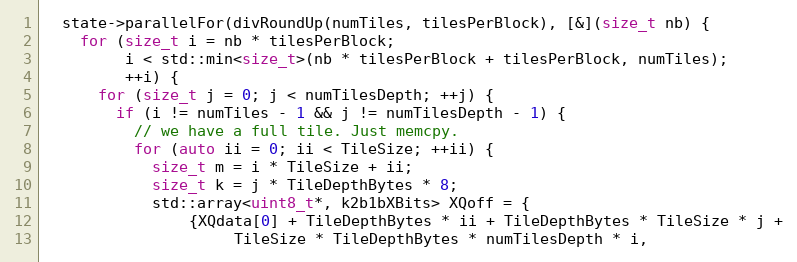
Language: C++
  state->parallelFor(divRoundUp(numTiles, tilesPerBlock), [&](size_t nb) {
    for (size_t i = nb * tilesPerBlock;
         i < std::min<size_t>(nb * tilesPerBlock + tilesPerBlock, numTiles);
         ++i) {
      for (size_t j = 0; j < numTilesDepth; ++j) {
        if (i != numTiles - 1 && j != numTilesDepth - 1) {
          // we have a full tile. Just memcpy.
          for (auto ii = 0; ii < TileSize; ++ii) {
            size_t m = i * TileSize + ii;
            size_t k = j * TileDepthBytes * 8;
            std::array<uint8_t*, k2b1bXBits> XQoff = {
                {XQdata[0] + TileDepthBytes * ii + TileDepthBytes * TileSize * j +
                     TileSize * TileDepthBytes * numTilesDepth * i,